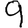
Digit: 9